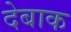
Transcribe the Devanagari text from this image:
देबाक